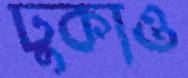
ঢুকাও